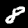
Label: 8